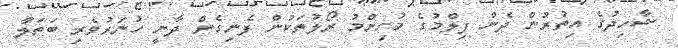
ޝާހިދުގެ އިތުރުން ދެން ފިލްމުގެ މުހިންމު ރޯލުތަކުން ފެނިގެން ދާނީ ހުނަރުވެރި ބަތަލާ